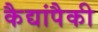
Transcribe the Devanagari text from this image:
कैद्यांपैकी